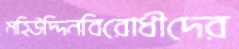
মহিউদ্দিনবিরোধীদের